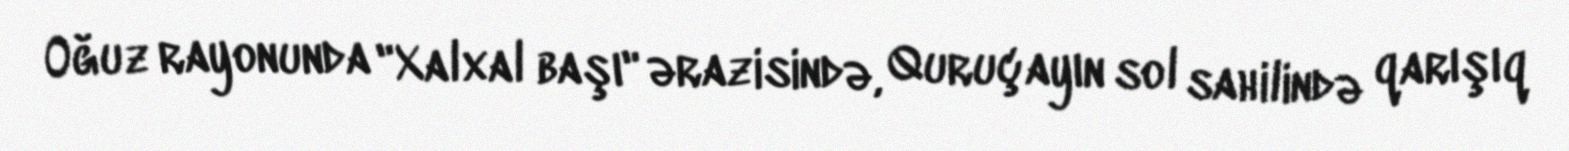
Oğuz rayonunda "Xalxal başı" ərazisində, Quruçayın sol sahilində qarışıq